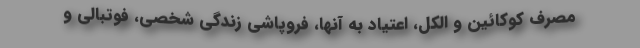
مصرف کوکائین و الکل، اعتیاد به آنها، فروپاشی زندگی شخصی، فوتبالی و